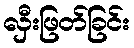
လှီးဖြတ်ခြင်း